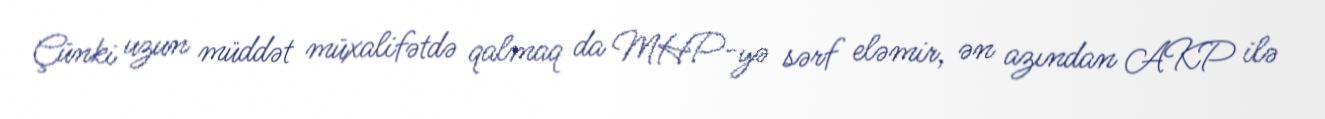
Çünki uzun müddət müxalifətdə qalmaq da MHP-yə sərf eləmir, ən azından AKP ilə